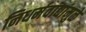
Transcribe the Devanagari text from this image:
निधर्मवाद्यांमुळे